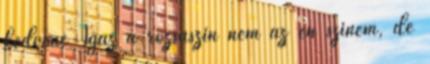
kedvenc Igaz a rózsaszín nem az én színem, de